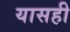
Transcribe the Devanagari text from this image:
यासही